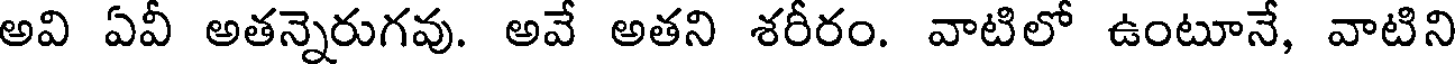
అవి ఏవీ అతన్నెరుగవు. అవే అతని శరీరం. వాటిలో ఉంటూనే, వాటిని